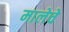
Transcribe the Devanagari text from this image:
मालेचे